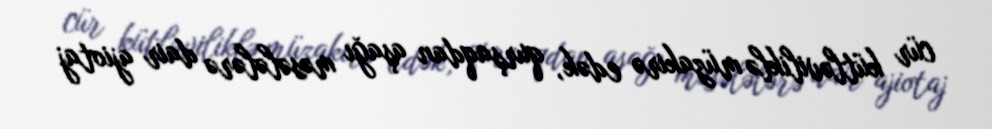
cür kütləviliklə müzakirə edək, qurşaqdan aşağı məsələlərə dair ajiotaj